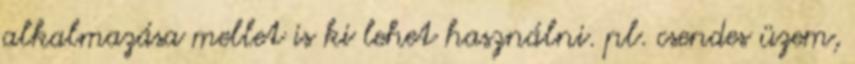
alkalmazása mellet is ki lehet használni. pl. csendes üzem,